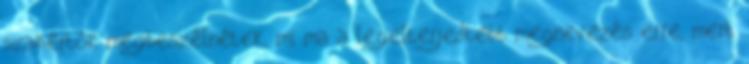
szakértők megbeszélnétek, mi ma a legelterjedtebb megnevezés erre, mert